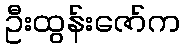
ဦးထွန်းဇော်က